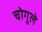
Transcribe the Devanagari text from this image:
चोगुले